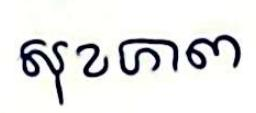
សុខភាព